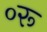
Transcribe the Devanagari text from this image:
०रू